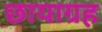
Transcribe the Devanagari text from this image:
छायाग्रह